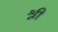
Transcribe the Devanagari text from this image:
श्नी